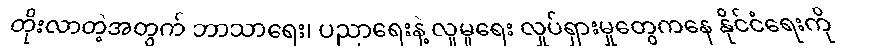
တိုးလာတဲ့အတွက် ဘာသာရေး၊ ပညာရေးနဲ့ လူမှုရေး လှုပ်ရှားမှုတွေကနေ နိုင်ငံရေးကို